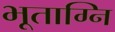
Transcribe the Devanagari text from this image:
भूताग्नि